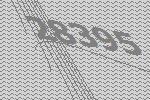
28395